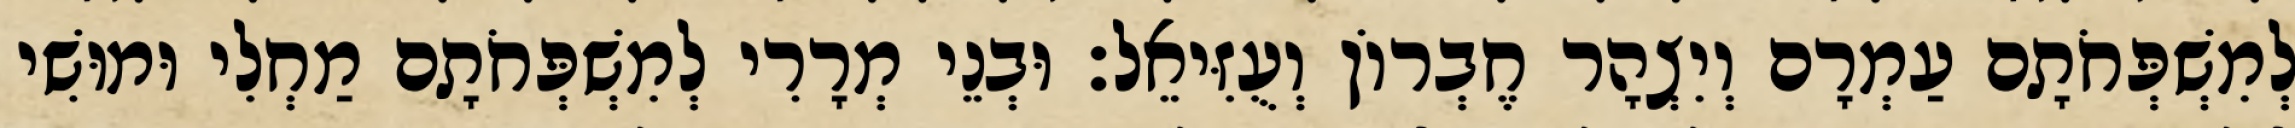
לְמִשְׁפְּחֹתָם עַמְרָם וְיִצְהָר חֶבְרוֹן וְעֻזִּיאֵל׃ וּבְנֵי מְרָרִי לְמִשְׁפְּחֹתָם מַחְלִי וּמוּשִׁי